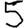
Digit: 5